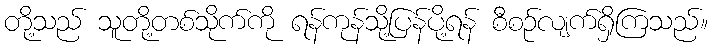
တို့သည် သူတို့တစ်သိုက်ကို ရန်ကုန်သို့ပြန်ပို့ရန် စီစဉ်လျက်ရှိကြသည်။